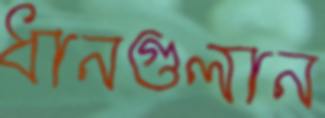
ধানগুলান